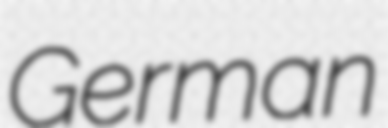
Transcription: German